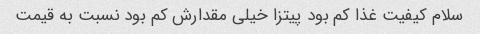
سلام کیفیت غذا کم بود پیتزا خیلی مقدارش کم بود نسبت به قیمت